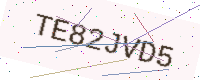
Text: TE82JVD5